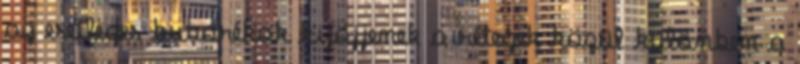
az esetleges buborékok kijöjjenek a rétegek közül különben a